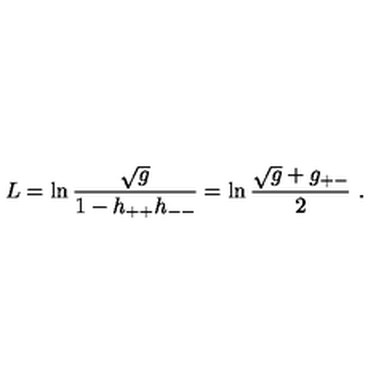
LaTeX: L = \ln \frac { \sqrt g } { 1 - h _ { + + } h _ { -- } } = \ln \frac { \sqrt g + g _ { + - } } { 2 } \ .